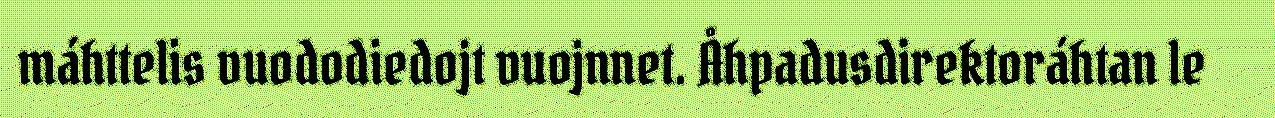
máhttelis vuododiedojt vuojnnet. Åhpadusdirektoráhtan le